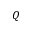
Q